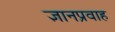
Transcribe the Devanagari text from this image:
ज्ञानप्रवाह